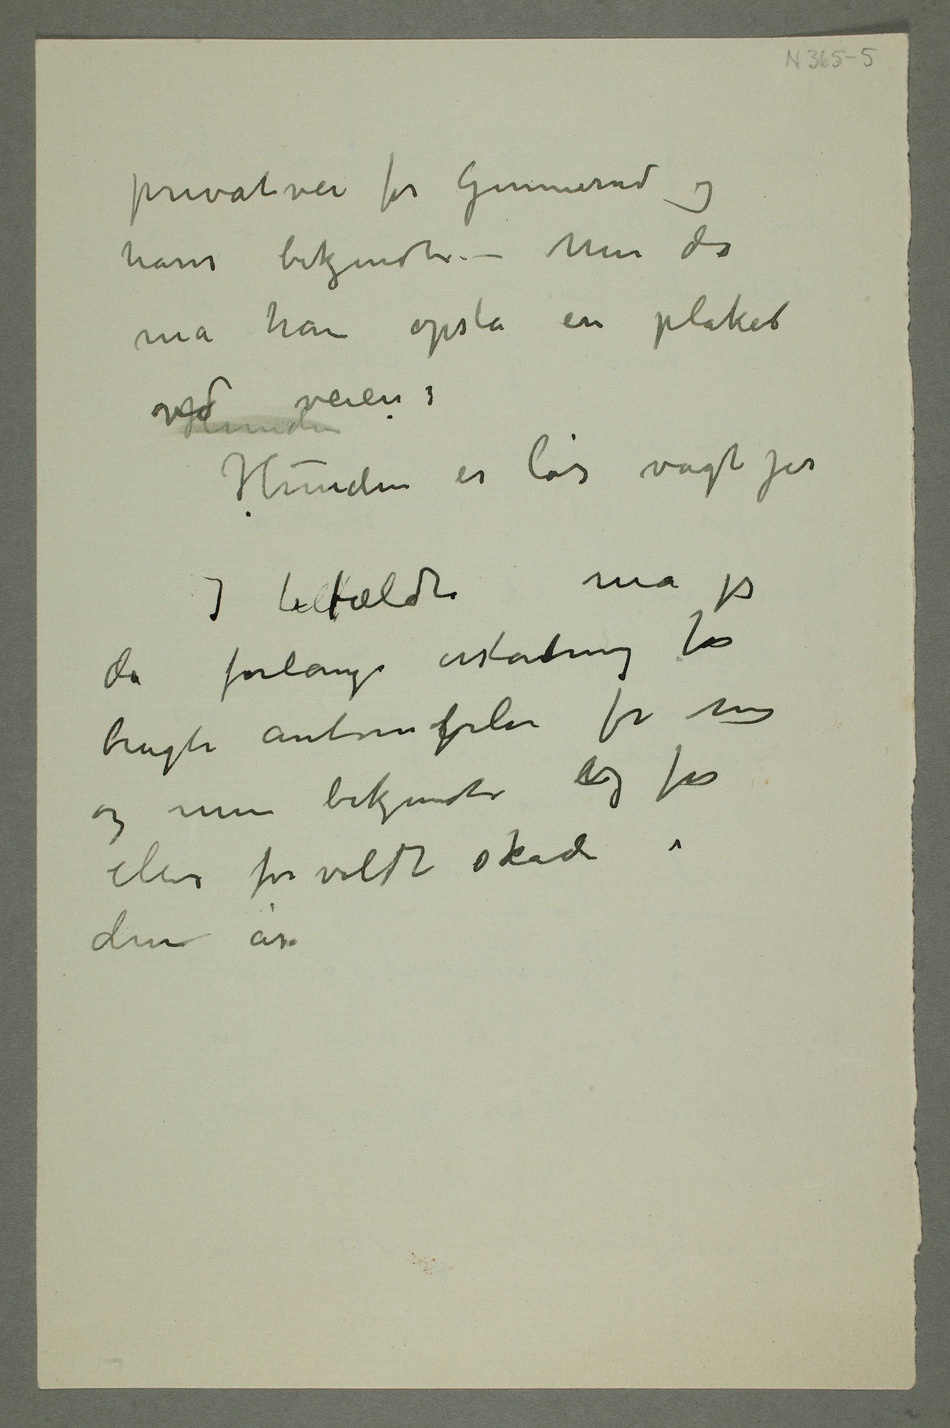
privatvei for Gunnerud og
hans bekjendte – men da
må han opslå en plakat
Hunden er løs vogt jer
I tilfælde må jeg
da forlange erstatning for
brugte automopbiler for mig
og mine bekjendte og for
ellers forvoldt skade i
disse år